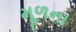
મૂળના